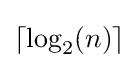
\left\lceil \log _{2}(n)\right\rceil